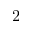
2